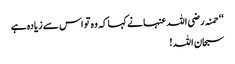
‘‘ حمنہ رضی اللہ عنہا نے کہا کہ وہ تو اس سے زیادہ ہے
سبحان اللہ !